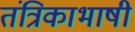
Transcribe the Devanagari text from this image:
तंत्रिकाभाषी